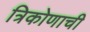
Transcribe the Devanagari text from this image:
त्रिकोणाची